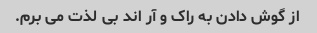
از گوش دادن به راک و آر اند بی لذت می برم.